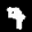
Label: 9